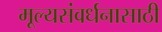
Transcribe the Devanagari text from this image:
मूल्यसंवर्धनासाठी